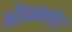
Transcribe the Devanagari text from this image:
भीकमकोर